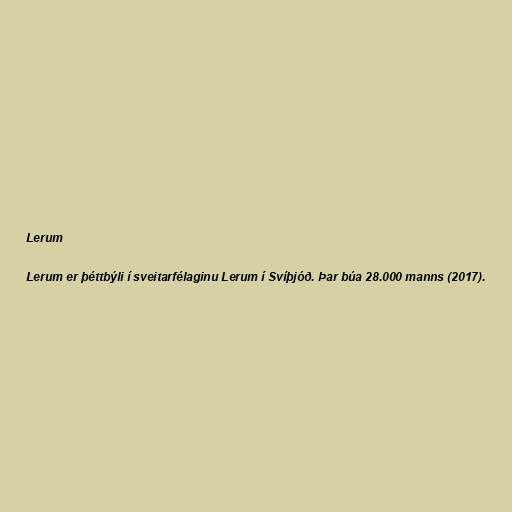
Lerum

Lerum er þéttbýli í sveitarfélaginu Lerum í Svíþjóð. Þar búa 28.000 manns (2017).